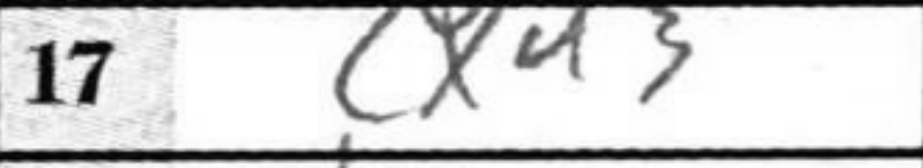
Transcription: cxd3